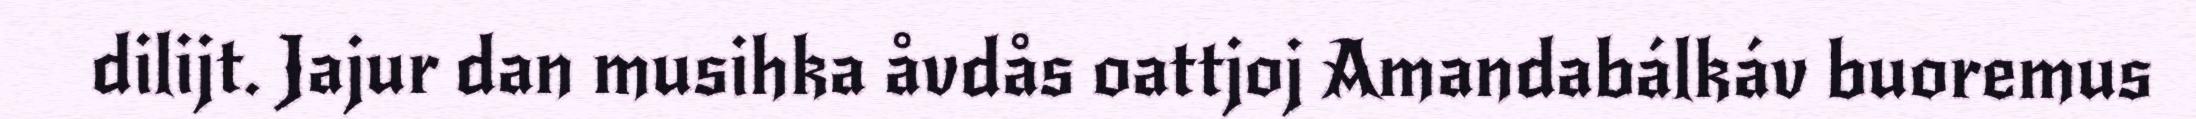
dilijt. Jajur dan musihka åvdås oattjoj Amandabálkáv buoremus